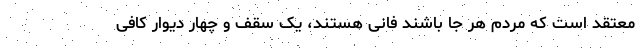
معتقد است که مردم هر جا باشند فانی هستند، یک سقف و چهار دیوار کافی